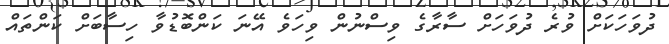
ދުވަހަކަށް ވުރެ ދުވަހަށް ސާރާގެ ވިސްނުން ވިހަވެ އޭނަ ކަންބޮޑުވާ ހިސާބަށް ކަންތައް